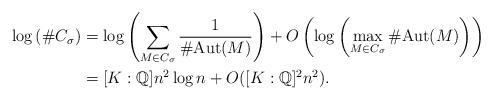
LaTeX: \begin{align*} \log \left( \# C_{\sigma} \right) &= \log \left( \sum_{M \in C_{\sigma}} \frac{1}{\# \mathrm{Aut}(M)} \right) + O \left( \log \left( \max_{M \in C_{\sigma}} \# \mathrm{Aut}(M) \right) \right) \\&= [K : \mathbb{Q}] n^2 \log n + O([K : \mathbb{Q}]^2 n^2).\end{align*}